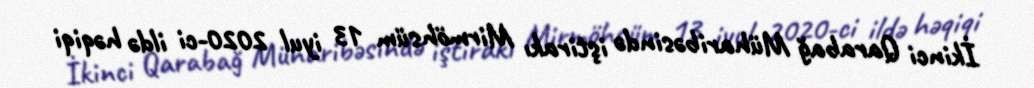
İkinci Qarabağ Müharibəsində iştirakı Mirmöhsüm 13 iyul 2020-ci ildə həqiqi